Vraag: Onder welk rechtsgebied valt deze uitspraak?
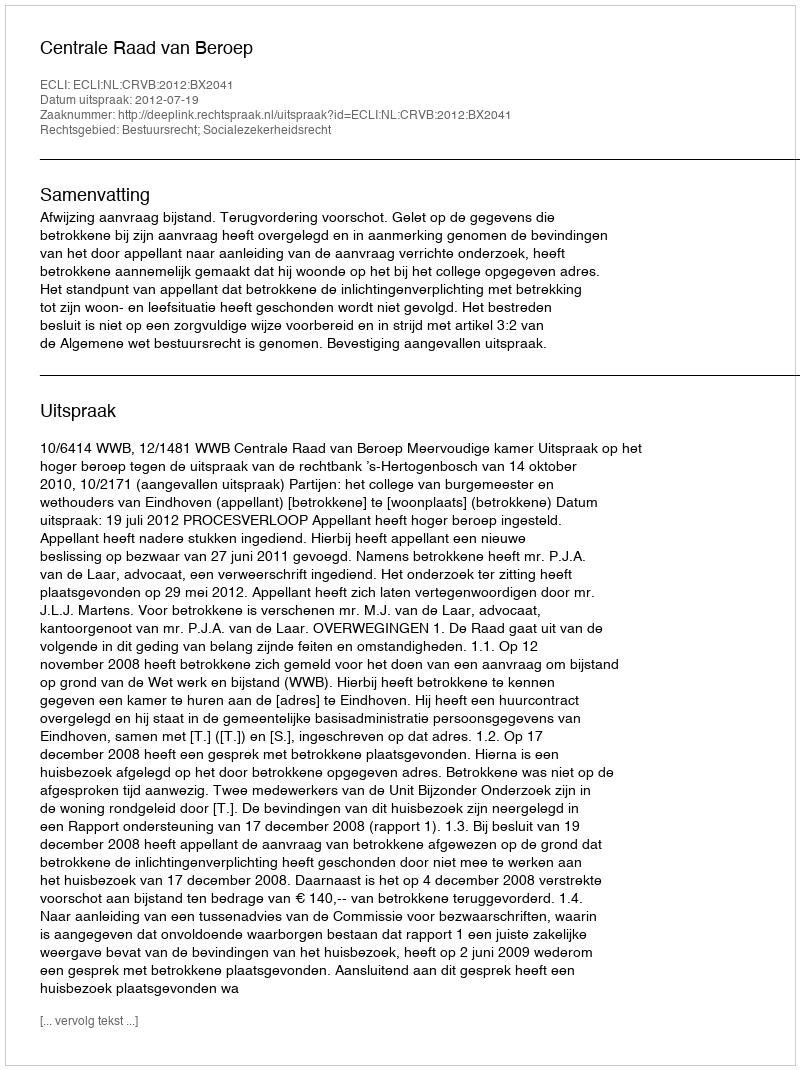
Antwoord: Bestuursrecht; Socialezekerheidsrecht